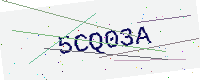
Text: 5CQ03A